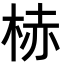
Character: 𪲒